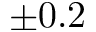
\pm 0 . 2